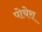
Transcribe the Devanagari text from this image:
पोचेरा